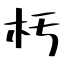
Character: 𣏓